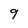
Character: 9